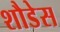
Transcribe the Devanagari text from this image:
शौडेस